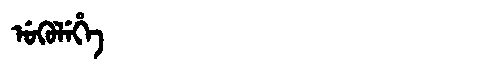
Manchu: ᡠᡴᡠᠯᡝᡥᡝ
Romanization: UKULEHE